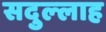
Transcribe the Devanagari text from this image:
सदुल्‍लाह